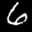
Label: 6